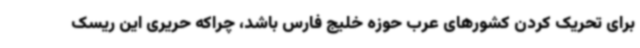
برای تحریک کردن کشورهای عرب حوزه خلیج فارس باشد، چراکه حریری این ریسک